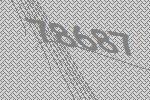
78687